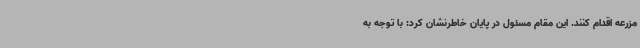
مزرعه اقدام کنند. این مقام مسئول در پایان خاطرنشان کرد: با توجه به